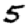
Digit: 5